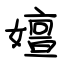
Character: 嬗